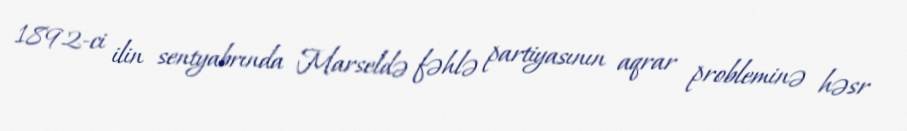
1892-ci ilin sentyabrında Marseldə fəhlə partiyasının aqrar probleminə həsr